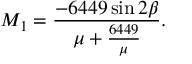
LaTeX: M _ { 1 } = \frac { - 6 4 4 9 \sin 2 \beta } { \mu + \frac { 6 4 4 9 } { \mu } } .